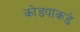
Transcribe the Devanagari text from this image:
कोड्यांकडे